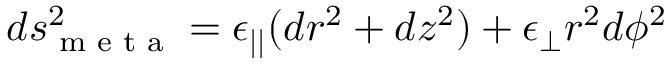
d s _ { \textrm { m e t a } } ^ { 2 } = \epsilon _ { | | } ( d r ^ { 2 } + d z ^ { 2 } ) + \epsilon _ { \perp } r ^ { 2 } d \phi ^ { 2 }